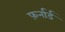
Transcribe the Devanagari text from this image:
फ़र्नार्ड